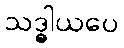
သဒ္ဓါယပေ